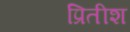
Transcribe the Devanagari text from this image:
प्रितीश